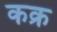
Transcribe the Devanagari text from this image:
कक्र